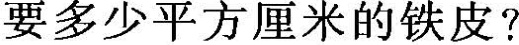
要多少平方厘米的铁皮?